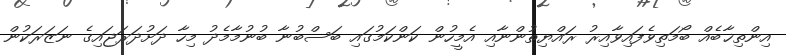
އިންތިޚާބެއް ބޯމަތިވެފައިވާއިރު ރައްޔިތުންނާއި އެމީހުން ކަންކަމުގައި ބަސްބުނާ ބުނުމާމެދު މިހާ ދަށުދަރަޖައިގެ ނަޒަރަކުން